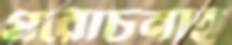
প্ররোচনাই